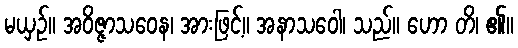
မယှဉ်။ အဝိဇ္ဇာသဝေန၊ အားဖြင့်။ အနာသဝေါ၊ သည်။ ဟော တိ၊ ၏။